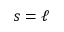
s = \ell